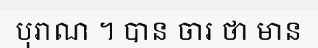
បុរាណ ។ បាន ចារ ថា មាន